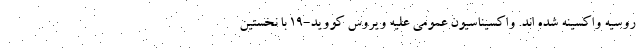
روسیه واکسینه شده اند. واکسیناسیون عمومی علیه ویروس کووید-۱۹ با نخستین